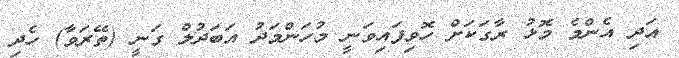
އަދި އެންމެ މޮޅު ރާގަކަށް ހޮވިފައިވަނީ މުހަންމަދު އަބަދުލް ގަނީ (ތޭރަވާ) ހެދި